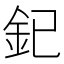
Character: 釲